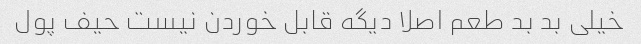
خیلی بد بد طعم اصلا دیگه قابل خوردن نیست حیف پول